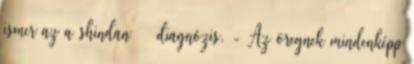
ismer az a shindan diagnózis. - Az öregnek mindenképp